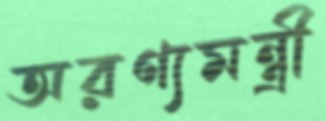
অরণ্যমন্ত্রী